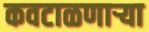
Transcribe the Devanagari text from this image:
कवटाळणाऱ्या